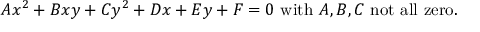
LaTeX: A x ^ { 2 } + B x y + C y ^ { 2 } + D x + E y + F = 0 { \mathrm { ~ w i t h ~ } } A , B , C { \mathrm { ~ n o t ~ a l l ~ z e r o . } }